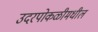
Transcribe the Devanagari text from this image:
उदरपोकळीमधील